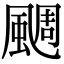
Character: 𩗪